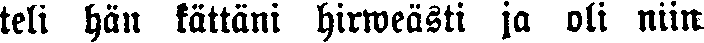
teli hän kättäni hirweästi ja oli niin